Quinine and its salts - Number 41
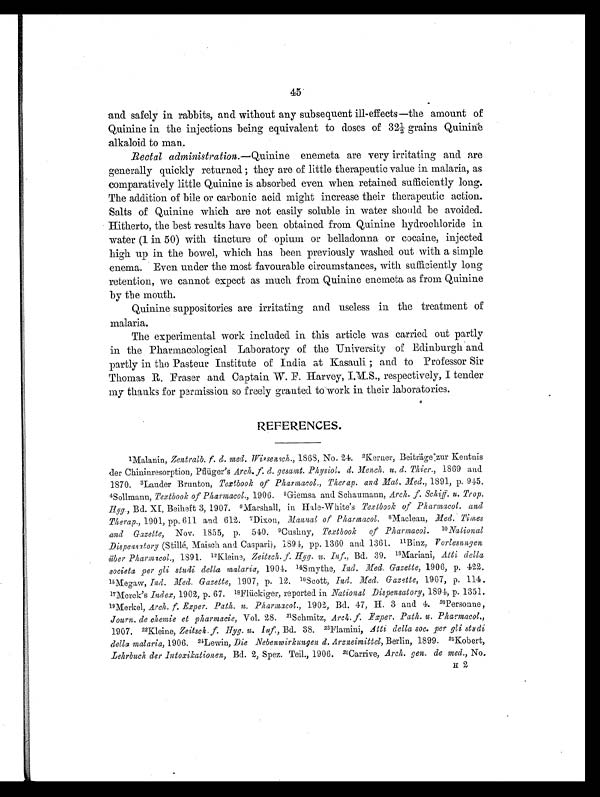
45
and safely in rabbits, and without any subsequent ill-effects—the amount of
Quinine in the injections being equivalent to doses of 321/2 grains Quinine
alkaloid to man.
Rectal administration.— Quinine enemeta are very irritating and are
generally quickly returned; they are of little therapeutic value in malaria, as
comparatively little Quinine is absorbed even when retained sufficiently long.
The addition of bile or carbonic acid might increase their therapeutic action.
Salts of Quinine which are not easily soluble in water should be avoided.
Hitherto, the best results have been obtained from Quinine hydrochloride in
water (1 in 50) with tincture of opium or belladonna or cocaine, injected
high up in the bowel, which has been previously washed out with a simple
enema. Even under the most favourable circumstances, with sufficiently long
retention, we cannot expect as much from Quinine enemeta as from Quinine
by the mouth.
Quinine suppositories are irritating and useless in the treatment of
malaria.
The experimental work included in this article was carried out partly
in the Pharmacological Laboratory of the University of Edinburgh and
partly in the Pasteur Institute of India at Kasauli; and to Professor Sir
Thomas R. Fraser and Captain W. F. Harvey, respectively, I tender
my thanks for permission so freely granted towork in their laboratories.
REFERENCES.
1 Malanin, Zentralb.
F.d. med. Wissensch., 1868, No. 21. 2Kerner, Beiträge zur Kentnis
der Chininresorption, Pflüiger's Arch.
F. d. gesanit. Physiol. d. Mench. u. d. Thier., 1809 and.
1870. 3Lauder Brunton, Textbook of Pharmacol., Therap. and Mat, Med., 1891, p. 945.
4Sollmann, Textbook, of Pharmacol., 1906. 5 Giemsa and Schaumann, Arch. u. Trop.
Hyg., Bd. XI, Beiheft 3, 1907. 6Marshall, in Hale-White's Textbook of Pharmacy. and
Therap., 1901, pp. 611 and 612. 7Dixon, Manual of Pharmacol. 8 Maclean, Med. Times
and Gazette, Nov. 1855, p. 540. 9 C ushny, Textbook of Pharmacol. 1 0
N a t i o n a l
Dispensatory (Stillé, Maisch and Caspari), 1894, pp. 1360 and 1361.
1 1
B i n z ,
V o r l e s u n g e n
über Pharmxcol., 1891. 12 Kleine, Zei t sch. F. Hyg. u. Inf. ,B d . 3 9 .
1 3
M a r i a n i ,
A t t i d e l l a
societa per gli studi delta malaria, 1901. 14Smythe, Ind. Med. Gazette, 1906, p. 422.
15 Megaw, Ind. Med. Gazette, 1907, p. 12. 16 Scott, Ind. Med. Gazette, 1907, p. 114.
17 Merck's Index, 1902, p. 67. 18Flückiger, reported in National Dispensatory, 1891, p. 1351.
19 Merkel, Arch.
F . E x p e r . P a t h . n . P h a r m a c o l . ,1
9 0 2 , B d . 4 7 , H . 3 a n d . 4 .2
0
P e r s o n n e ,
Journ. de chemie et pharmacie, Vol. 28. 21 Schmitz, Arch. f. Exper. Path. P h a r m a c o l . ,
1907. 22Kleine, Zeitsch. Hyg. u. Inf., Bd. 38. 23Flamini, Attic della 80c. per gli studi
delta malaria, 1906. 24Lewin, Die Nebenwirkungen d. Arzneimittel, Berlin, 1899. 25Kobert,
Lehrbuch der Intoxikationen, Bd. 2, Spez. Tel., 1906.2 6
C a r r i v e ,
A r c h . g e n . d e m e d . ,
N o .